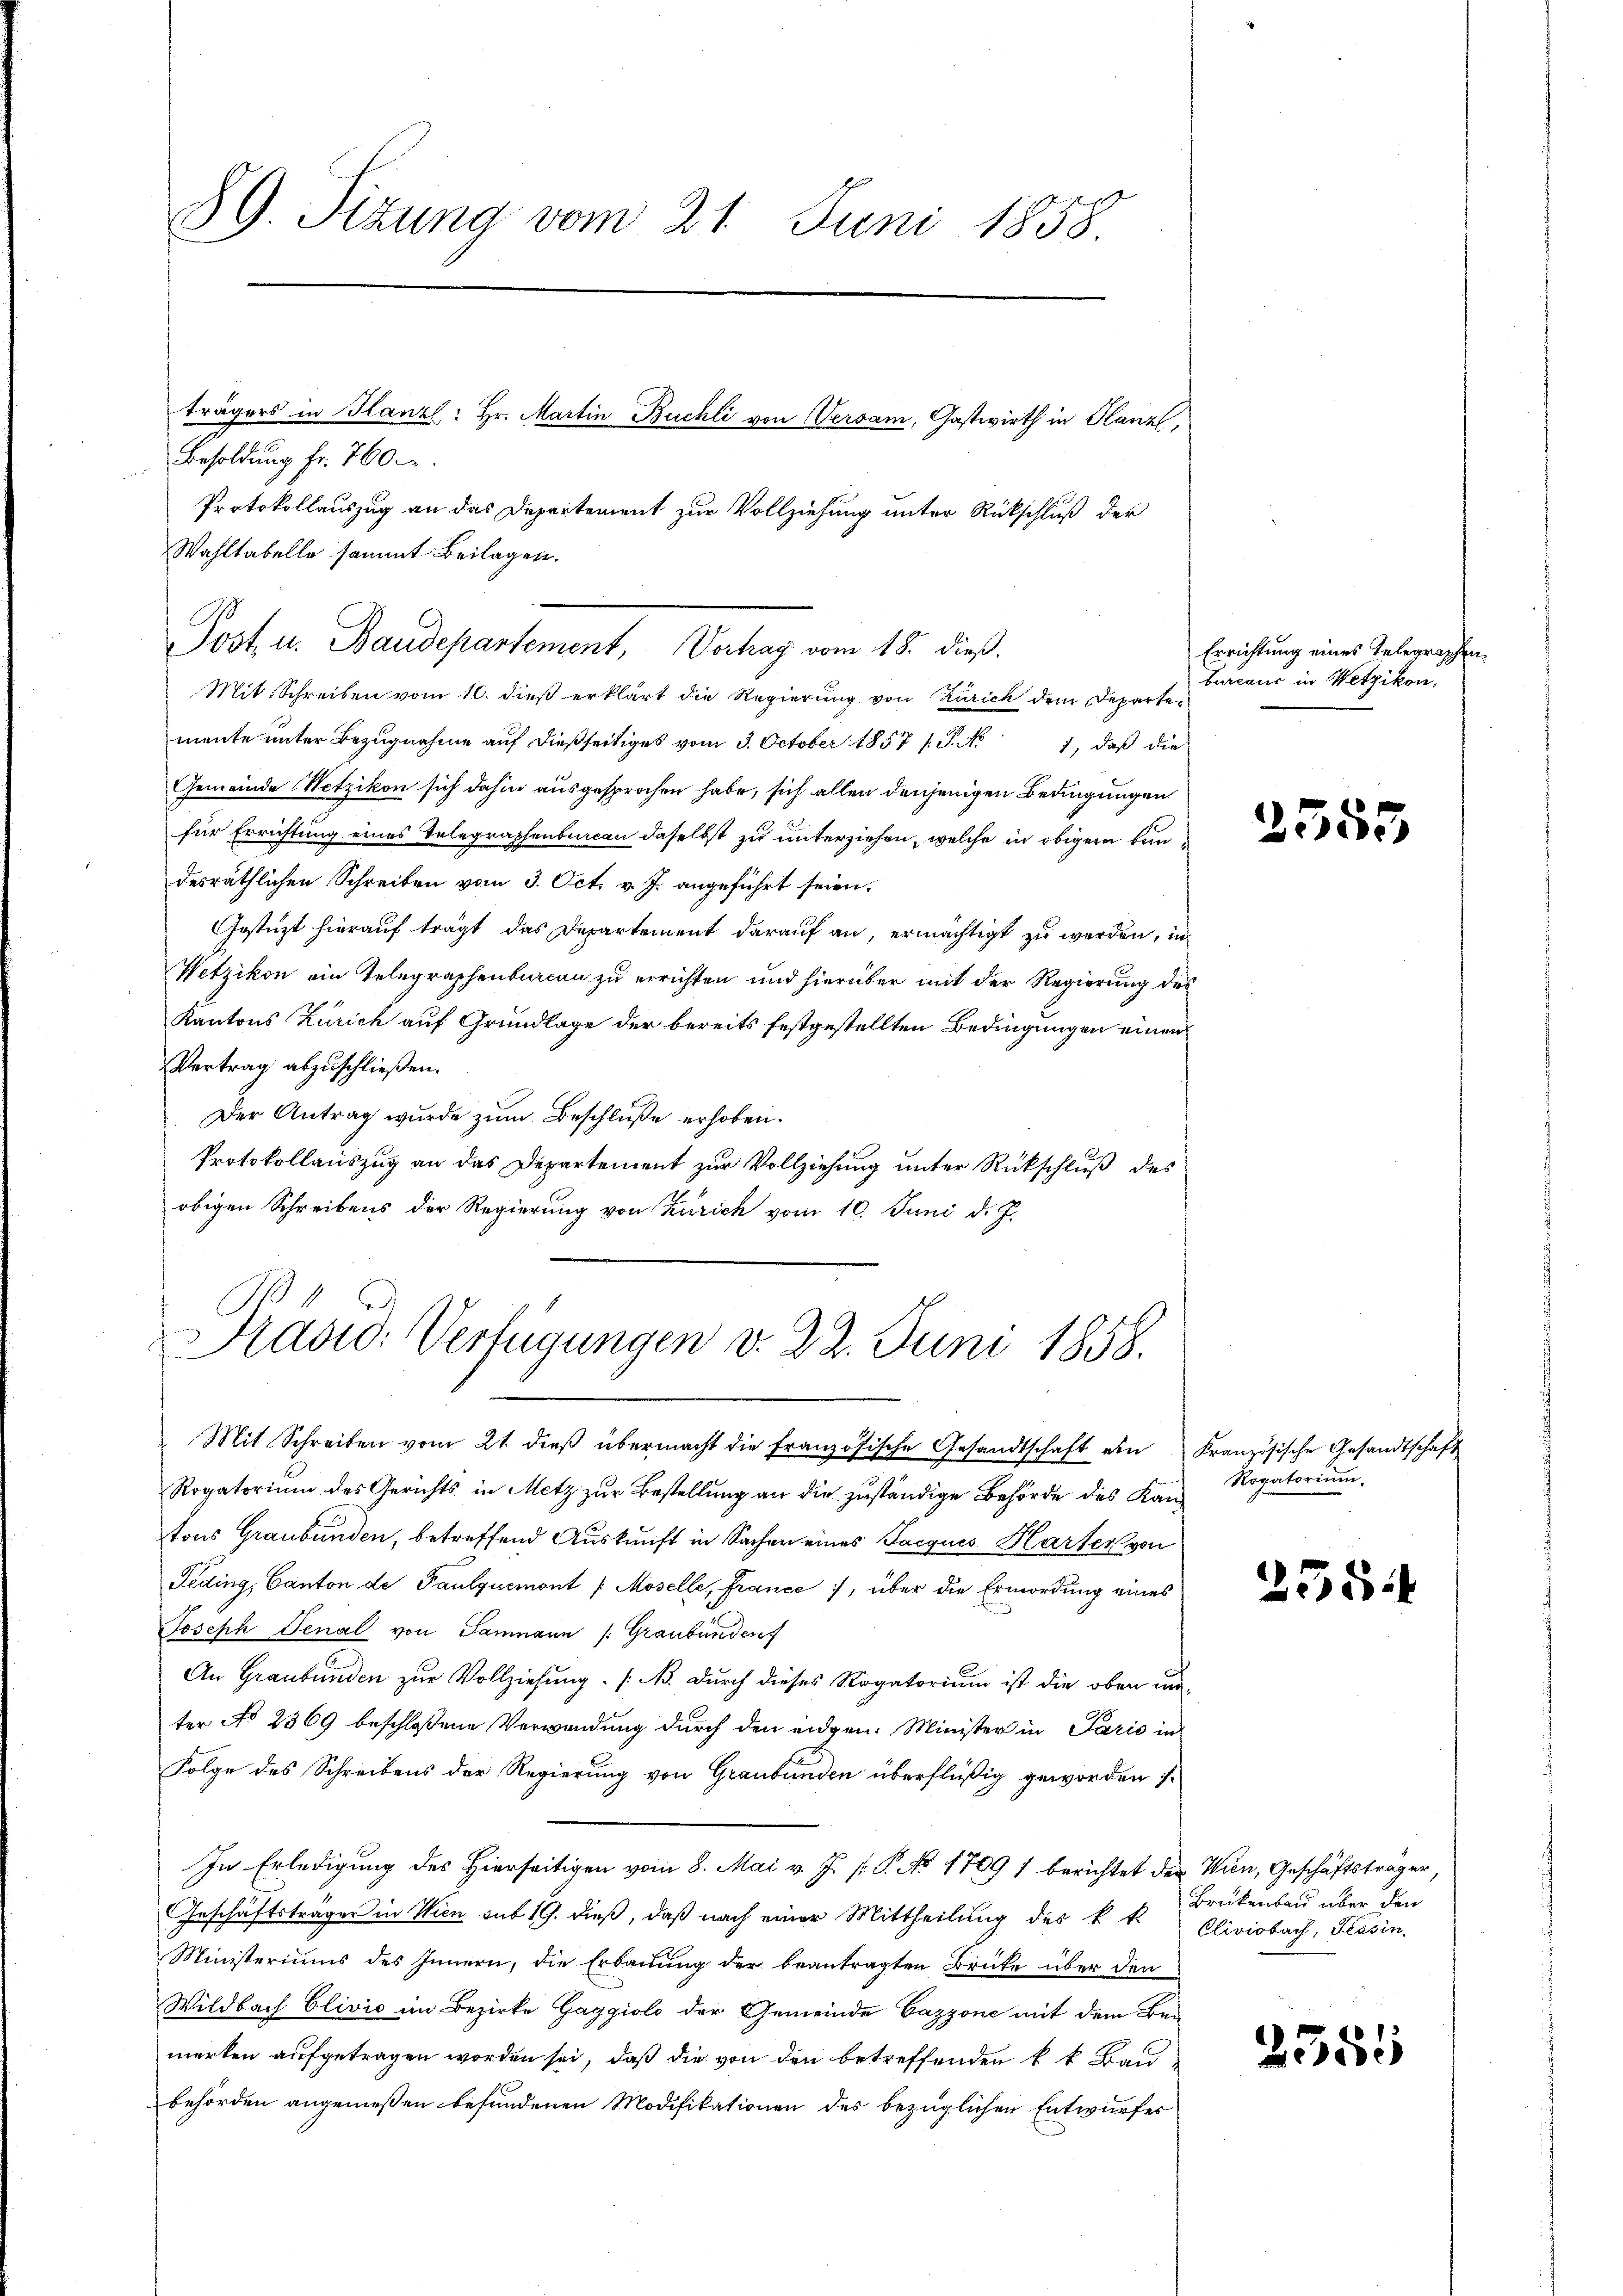
89. Sitzung vom 21. Juni 1858.
trägers in Hanzl: Hr. Martin Buchli von Versam, Gastwirth in Planz
Besoldung fr. 760
Protokollauszug an das Departement zur Vollziehung unter Rückschluß der

Wahltabelle sammt Beilagen.
Mit Schreiben vom 10. dieß erklärt die Regierung von Zürich dem Departemente ŭnter Bezŭgnahme aŭf dießseitiges vom 3. October 1857 s. S. No 1, daβ die
Gemeinde Netzikon sich dahin ausgesprochen habe, sich allen denjenigen Bedingungen
für Errichtung eines Telegraphenbureau daselbst zu unterziehen, welche in obigem ben
desräthlichen Schreiben vom 3. Oct. v. J. angeführt seien.
Gestützt hierauf trägt das Departement darauf an, ermächtigt zu werden, in
Wetzikon ein Telegraphenbureau zu errichten und hierüber mit der Regierung des
Kantons Zürich auf Grundlage der bereits festgestellten Bedingungen einen
Vertrag abzuschließen.
Der Antrag wurde zum Beschluße erhoben.
Protokollauszug an das Departement zur Vollziehung unter Rückschluß des
obigen Schreibens der Regierung von Zürich vom 10. Juni d. J.

Post u. Baudepartement, Vorhag vom 18. dieß.

Pasid: Verfügungen v. 22. Juni 1858.

Mit Schreiben vom 21. dieβ übermacht die französische Gesandtschaft ein Kranzösische Gesandtschaft
Rogatorium des Gerichts in Metz zur Bestellung an die zuständige Behörde des Kantons Graubünden, betreffend Auskunft in Sachen eines Jacques Harter von
Feding, Canton de Paulquemont /Moselle, France 7, über die Ermordung eines
Joseph Senal von Samnaun (: Graubünden
An Graubünden zur Vollziehung. (N. Durch dieses Rogatorium ist die oben unter No 2369 beschlossene Verwendung durch den eidgen. Minister in Paris in
Folge des Schreibens der Regierung von Graubünden überflüßig geworden is
In Erledigung des Hierseitigen vom 8. Mai v. J. P. P. No 1709 1 berichtet der Wien, Geschäftsträger,
Geschäftsträger in Wien sub 19. dieß, daß nach einer Mittheilung des k. k.
Ministeriums des Innern, die Erbauung der beantragten Brücke über den
Wildbach Clivić im Bezirke Gaggiolo der Gemeinde Cazzone mit dem Bei
merken aufgetragen worden sei, daß die von den betreffenden kk Bau
behörden angemeßen befundenen Modifikationen des bezüglichen Entwurfes

Errichtung eines Telegraphenbureau in Wetzikon,

2553

Rogatorium.

258

Brükenbad über den
Cliviobach, Tessin.

2551